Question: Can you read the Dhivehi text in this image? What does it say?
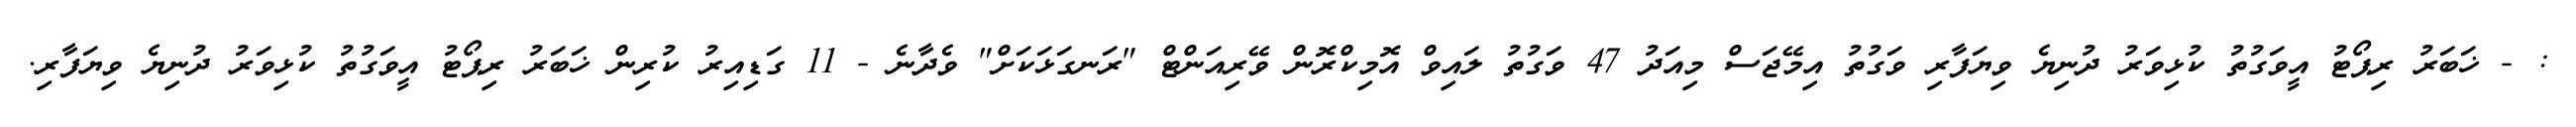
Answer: : - ޚަބަރު ރިޕޯޓު އީވަގުތު ކުޅިވަރު ދުނިޔެ ވިޔަފާރި ވަގުތު އިމޭޖަސް މިއަދު 47 ވަގުތު ލައިވް އޮމިކްރޮން ވޭރިއަންޓް "ރަނގަޅަކަށް" ވެދާނެ - 11 ގަޑިއިރު ކުރިން ޚަބަރު ރިޕޯޓު އީވަގުތު ކުޅިވަރު ދުނިޔެ ވިޔަފާރި.